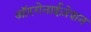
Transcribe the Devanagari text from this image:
ऑरगेनाईज़ेशन